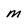
Character: m